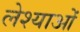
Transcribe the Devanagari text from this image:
लेश्याओं